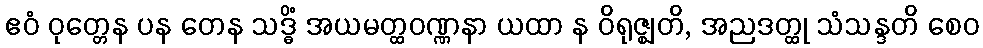
ဧဝံ ဝုတ္တေန ပန တေန သဒ္ဓိံ အယမတ္ထဝဏ္ဏနာ ယထာ န ဝိရုဇ္ဈတိ, အညဒတ္ထု သံသန္ဒတိ စေဝ